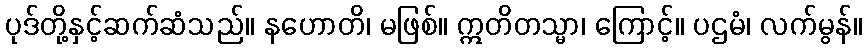
ပုဒ်တို့နှင့်ဆက်ဆံသည်။ နဟောတိ၊ မဖြစ်။ ဣတိတသ္မာ၊ ကြောင့်။ ပဌမံ၊ လက်မွန်။